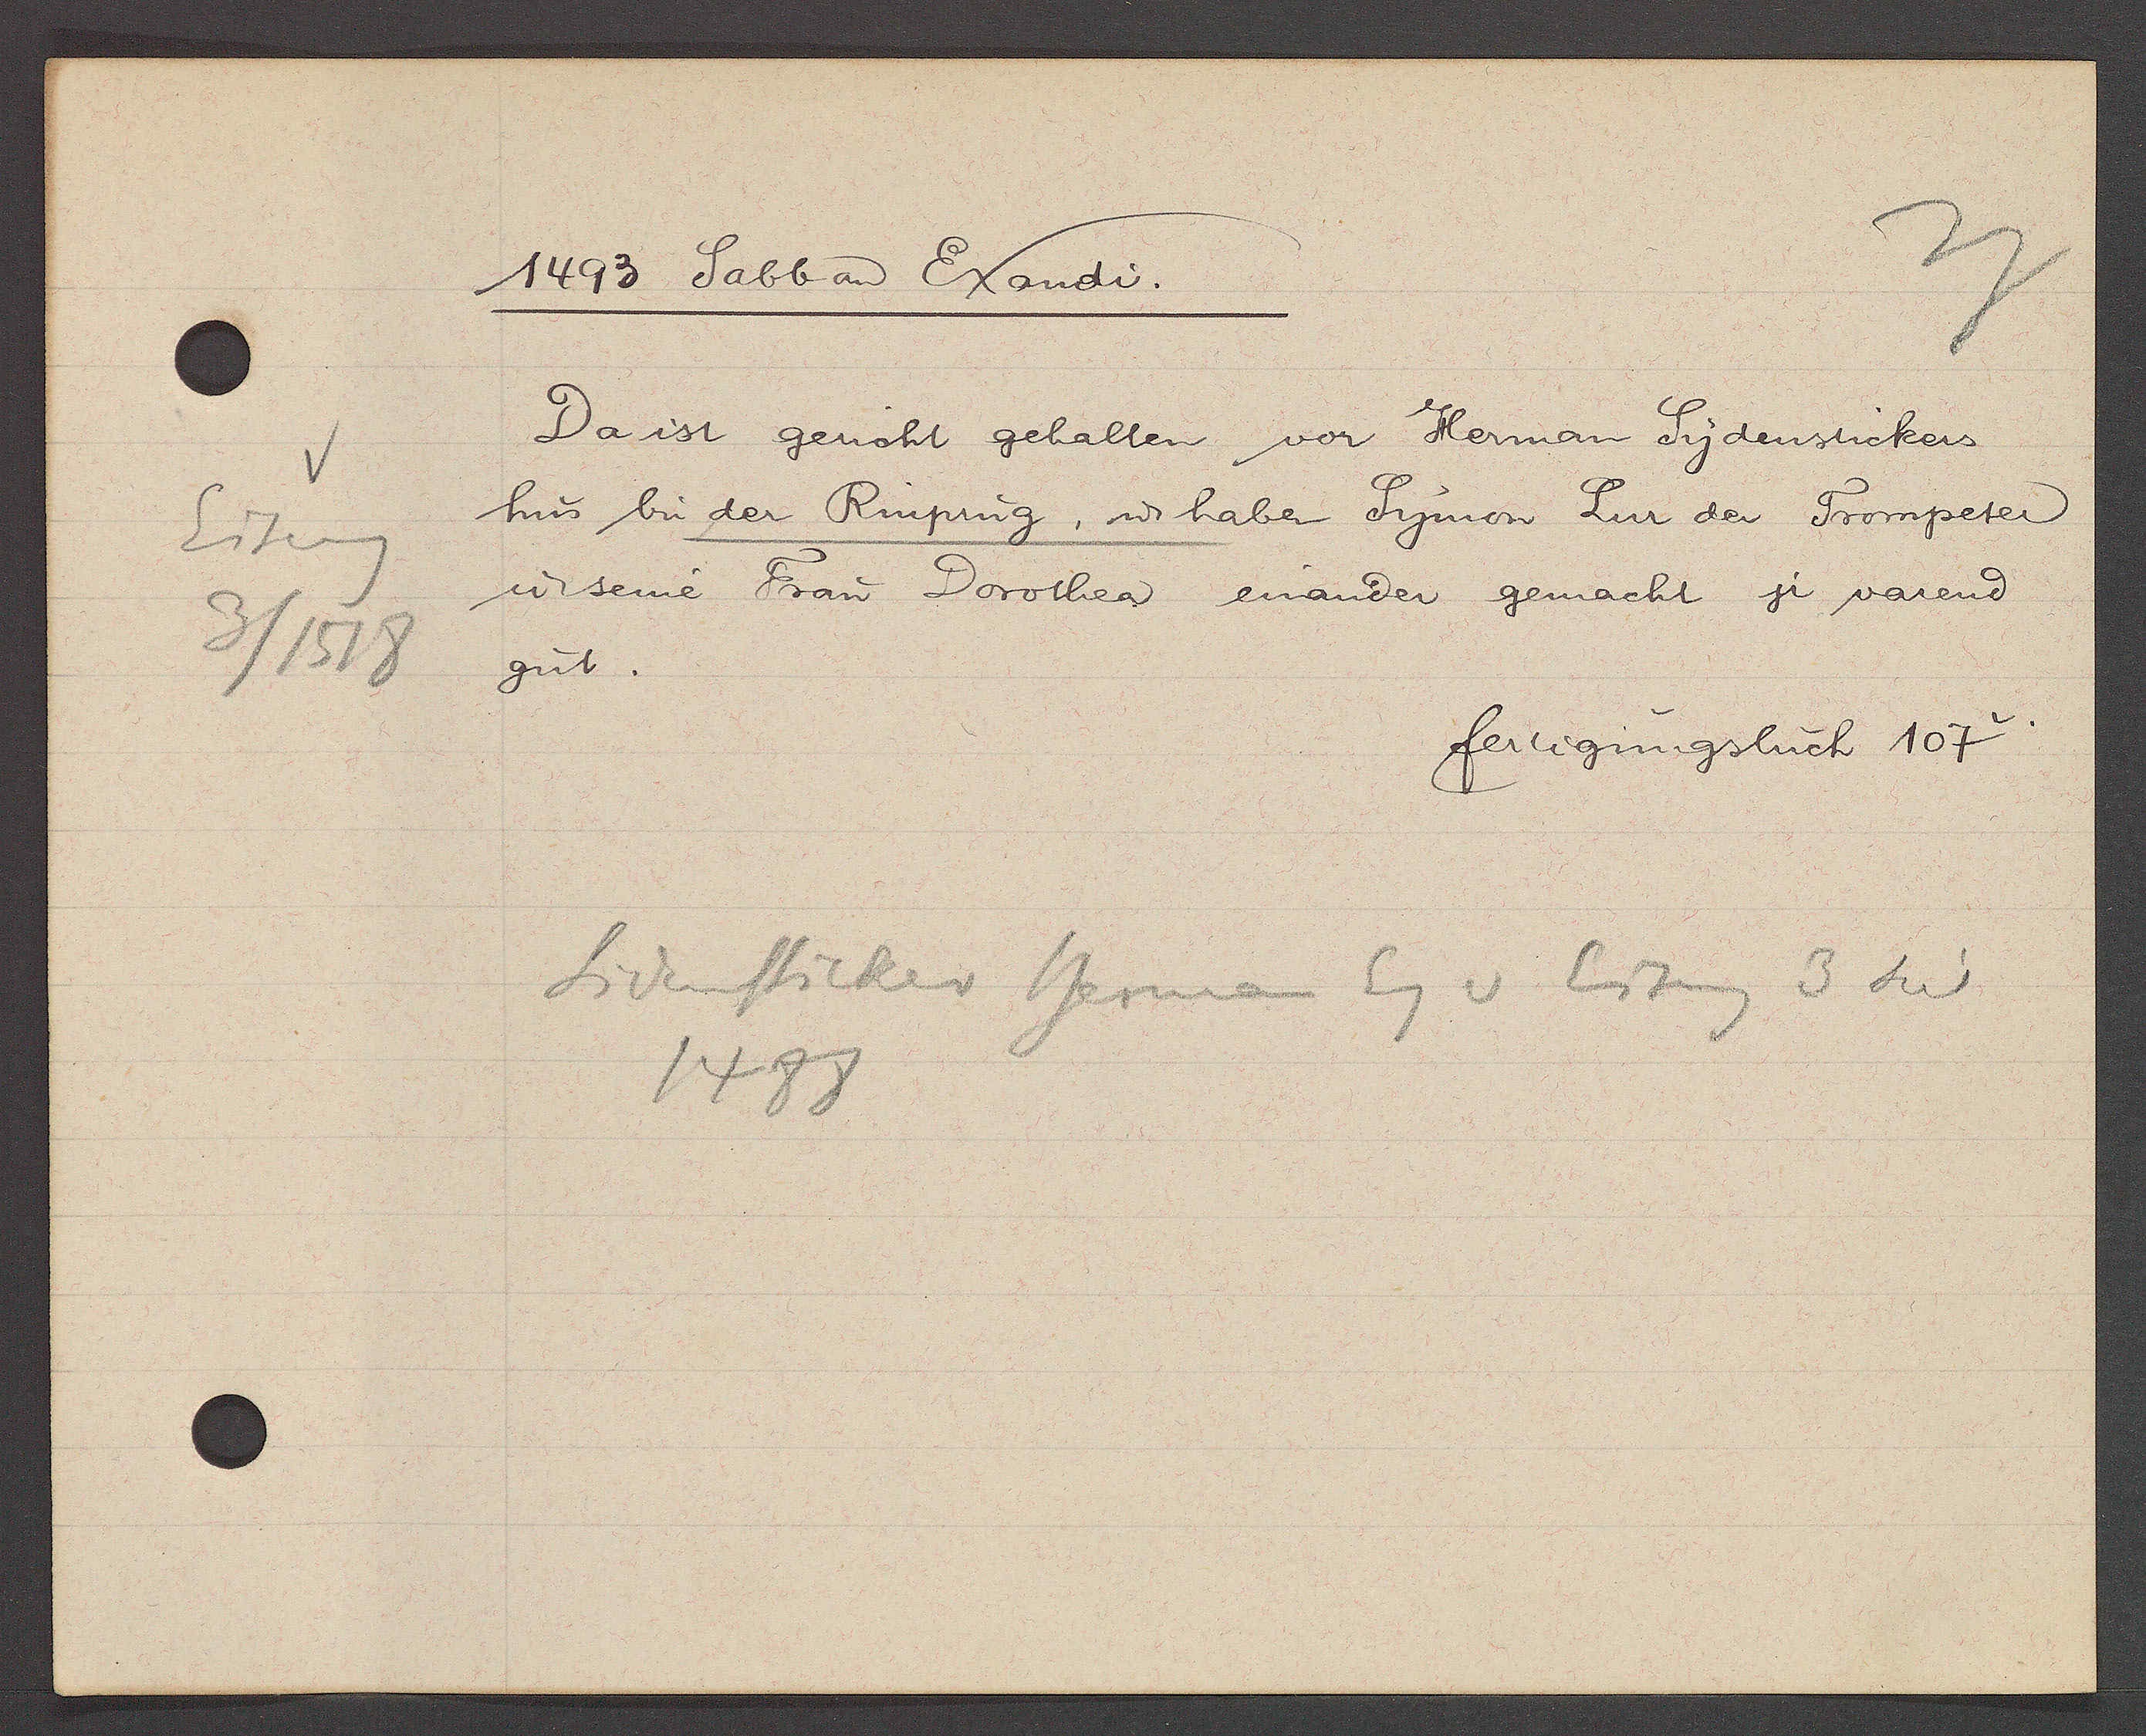
Transcript:
Eiseng
3/1518

1493 Sabb aȵ Exaudi.
Da ist gericht gehalten vor Herman Sydenstickers
hus bi der Rinpurg, ư haben Symon Sur der Trompeter
ư seine Frau Dorothea einander gemacht jr varend
gut.
fertigungsbuch 107v.
Sidensticker Herman Eg v Eiseng 3 seit
1488